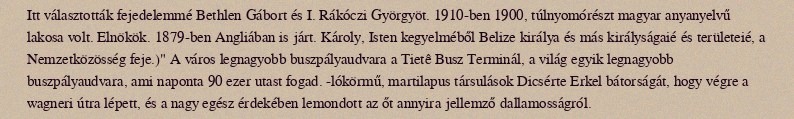
Itt választották fejedelemmé Bethlen Gábort és I. Rákóczi Györgyöt. 1910-ben 1900, túlnyomórészt magyar anyanyelvű lakosa volt. Elnökök. 1879-ben Angliában is járt. Károly, Isten kegyelméből Belize királya és más királyságaié és területeié, a Nemzetközösség feje.)" A város legnagyobb buszpályaudvara a Tietê Busz Terminál, a világ egyik legnagyobb buszpályaudvara, ami naponta 90 ezer utast fogad. -lókörmű, martilapus társulások Dicsérte Erkel bátorságát, hogy végre a wagneri útra lépett, és a nagy egész érdekében lemondott az őt annyira jellemző dallamosságról.